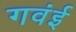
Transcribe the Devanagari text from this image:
गवंई